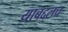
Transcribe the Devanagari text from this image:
याबद्दलच